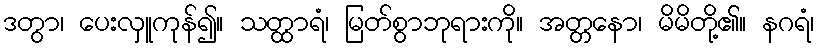
ဒတွာ၊ ပေးလှူကုန်၍။ သတ္ထာရံ၊ မြတ်စွာဘုရားကို။ အတ္တနော၊ မိမိတို့၏။ နဂရံ၊